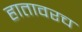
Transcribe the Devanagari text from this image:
हातावरच